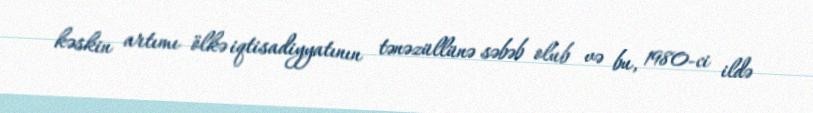
kəskin artımı ölkə iqtisadiyyatının tənəzüllünə səbəb olub və bu, 1980-ci ildə